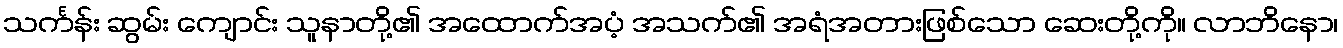
သင်္ကန်း ဆွမ်း ကျောင်း သူနာတို့၏ အထောက်အပံ့ အသက်၏ အရံအတားဖြစ်သော ဆေးတို့ကို။ လာဘိနော၊